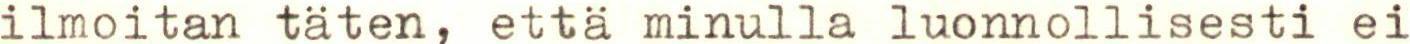
ilmoitan täten, että minulla luonnollisesti ei